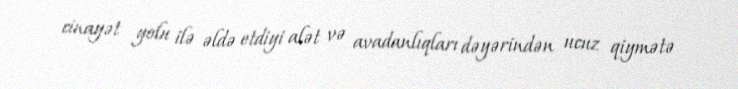
cinayət yolu ilə əldə etdiyi alət və avadanlıqları dəyərindən ucuz qiymətə